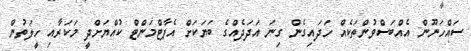
ސައްހަނޫން އެއްބަސްވުންތަކެއް ހަދައިގެން ގިނަ އަދަދެއްގެ ބަޔަކަށް އެޕާޓްމަންޓް ކުއްޔަށްދީ މަކަރާއި ހީލަތުން